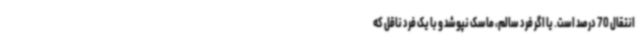
انتقال 70 درصد است. یا اگر فرد سالم، ماسک نپوشد و با یک فرد ناقل که